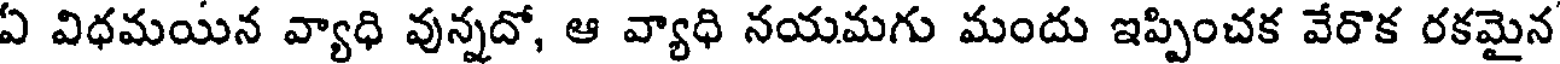
ఏ విధమయిన వ్యాధి వున్నదో, ఆ వ్యాధి నయమగు మందు ఇప్పించక వేరొక రకమైన